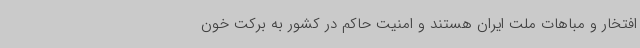
افتخار و مباهات ملت ایران هستند و امنیت حاکم در کشور به برکت خون